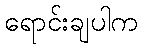
ရောင်းချပါက